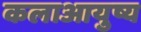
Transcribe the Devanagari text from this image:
कलाआयुष्य